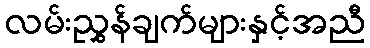
လမ်းညွှန်ချက်များနှင့်အညီ